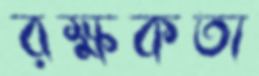
রক্ষকতা